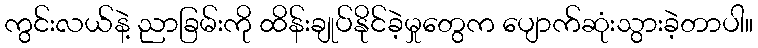
ကွင်းလယ်နဲ့ ညာခြမ်းကို ထိန်းချုပ်နိုင်ခဲ့မှုတွေက ပျောက်ဆုံးသွားခဲ့တာပါ။